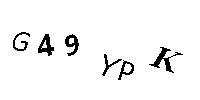
G49YPK